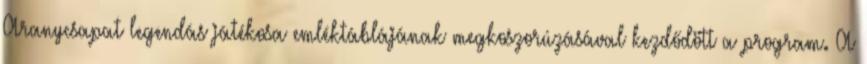
Aranycsapat legendás játékosa emléktáblájának megkoszorúzásával kezdődött a program. A